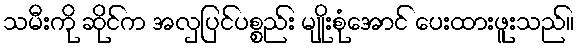
သမီးကို ဆိုင်က အလှပြင်ပစ္စည်း မျိုးစုံအောင် ပေးထားဖူးသည်။